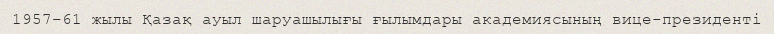
1957–61 жылы Қазақ ауыл шаруашылығы ғылымдары академиясының вице-президенті